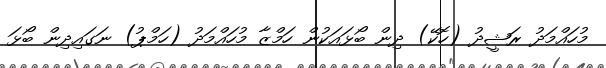
މުހައްމަދު ރަޝީދު (ހޮކޭ) ދިން ބޯޅައަކުން ހަމްޒާ މުހައްމަދު (ހަމްޕު) ނަގައިދިން ބޯޅަ